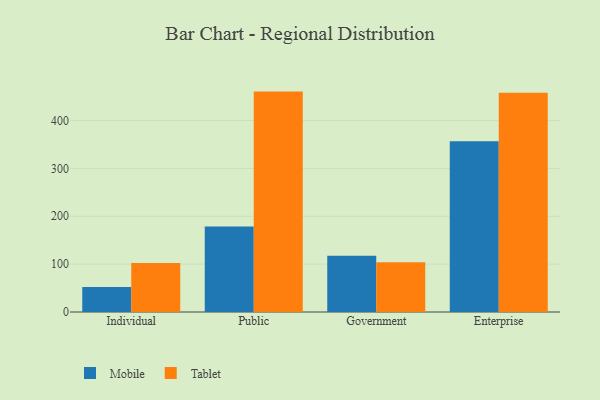
{"axis": {"x": "Segment", "y": "Tickets Resolved"}, "legend": ["Mobile", "Tablet"], "data": [{"x": "Individual", "y": 52.0, "type": "Mobile"}, {"x": "Individual", "y": 102.2, "type": "Tablet"}, {"x": "Public", "y": 178.9, "type": "Mobile"}, {"x": "Public", "y": 460.5, "type": "Tablet"}, {"x": "Government", "y": 117.4, "type": "Mobile"}, {"x": "Government", "y": 104.1, "type": "Tablet"}, {"x": "Enterprise", "y": 356.8, "type": "Mobile"}, {"x": "Enterprise", "y": 458.0, "type": "Tablet"}]}